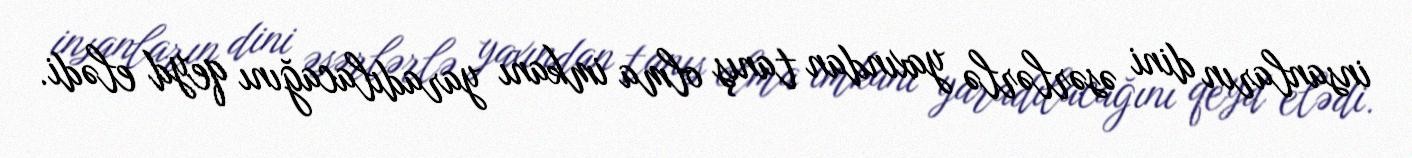
insanların dini əsərlərlə yaxından tanış olma imkanı yaradılacağını qeyd elədi.